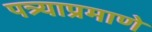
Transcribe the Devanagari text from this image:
पत्र्याप्रमाणे